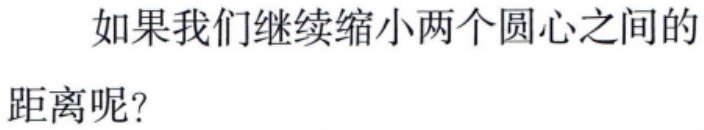
如果我们继续缩小两个圆心之间的距离呢？